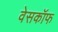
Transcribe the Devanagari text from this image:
वेसकॉफ